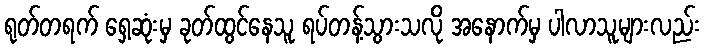
ရုတ်တရက် ရှေ့ဆုံးမှ ခုတ်ထွင်နေသူ ရပ်တန့်သွားသလို အနောက်မှ ပါလာသူများလည်း